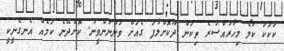
ކަކަކަ ކަލޯ މިހާރުއްސުރެ ތިކަން ދޫކޮށްލާފަ ގެއަށް ވަންނަންވީނު. ކޮށްދޭނެ ކަމެއް އެނގެނީކީ